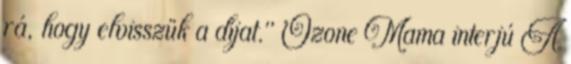
rá, hogy elvisszük a díjat." Ozone Mama interjú A